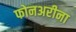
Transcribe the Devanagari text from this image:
फोनअरीना